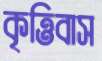
কৃত্তিবাস